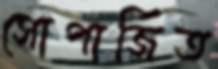
সোপার্জিত